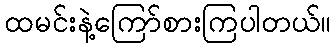
ထမင်းနဲ့ကြော်စားကြပါတယ်။